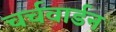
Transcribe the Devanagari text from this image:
चर्चवार्डन